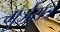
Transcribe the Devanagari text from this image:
गुर्जरात्र